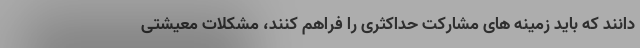
دانند که باید زمینه های مشارکت حداکثری را فراهم کنند، مشکلات معیشتی